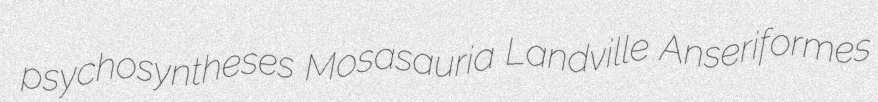
psychosyntheses Mosasauria Landville Anseriformes